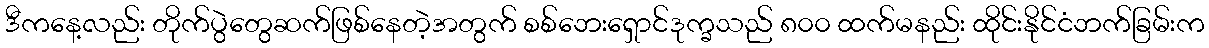
ဒီကနေ့လည်း တိုက်ပွဲတွေဆက်ဖြစ်နေတဲ့အတွက် စစ်ဘေးရှောင်ဒုက္ခသည် ၈၀၀ ထက်မနည်း ထိုင်းနိုင်ငံဘက်ခြမ်းက